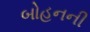
બોહનની